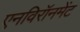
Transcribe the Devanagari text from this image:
एनविरॉनमेंट